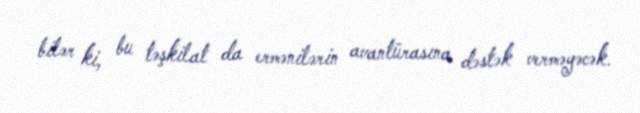
bilər ki, bu təşkilat da ermənilərin avantürasına dəstək verməyəcək.